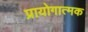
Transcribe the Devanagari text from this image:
प्रायोगात्मक